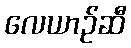
လေယာဉ်ဆီ